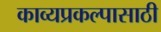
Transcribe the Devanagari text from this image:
काव्यप्रकल्पासाठी